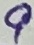
Text: 9